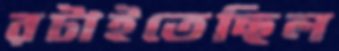
রটাইতেছিল